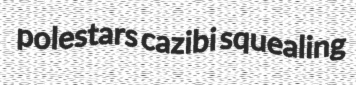
polestars cazibi squealing